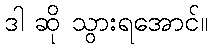
ဒါ ဆို သွားရအောင်။